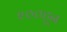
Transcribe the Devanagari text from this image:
२००हून